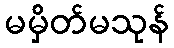
မမှိတ်မသုန်